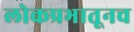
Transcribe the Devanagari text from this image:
लोकप्रभातूनच